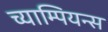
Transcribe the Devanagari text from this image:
च्याम्पियन्स